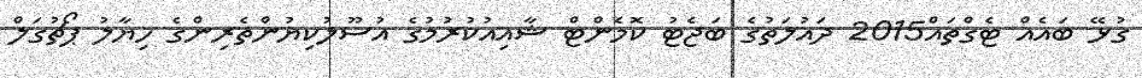
ގުޅޭ ބައެއް ޓެގްތައް2015 ދައުލަތުގެ ބަޖެޓު ކޮމެންޓް ޝާއިއުކުރުމުގެ އުސޫލުކިޔުންތެރިންގެ ހިޔާލު ޕޯޗުގަލް